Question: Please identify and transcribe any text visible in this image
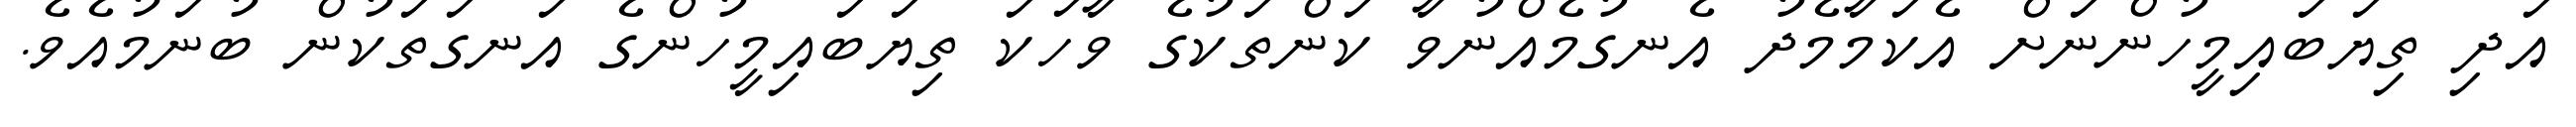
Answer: އަދި ތިޔަބައިމީހުންނަށް އެކަމާމެދު އެނގުމެއްނުވާ ކަންތަކުގެ ވާހަކަ ތިޔަބައިމީހުންގެ އަނގަތަކުން ބުނަމުއެވެ.